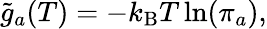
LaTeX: \tilde{g}_{a}(T)=-k_{\mathrm{B}}T\ln(\pi_{a}),